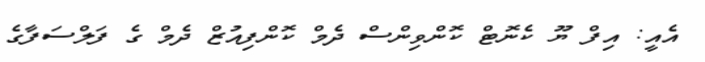
އެއީ: އިފް ޔޫ ކެނޮޓް ކޮންވިންސް ދެމް ކޮންފިއުޒް ދެމް ގެ ފަލްސަފާގެ